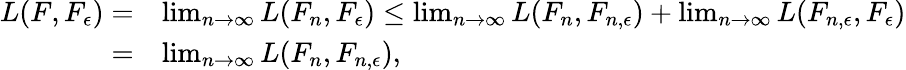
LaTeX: \begin{array}{rl}{L(F,F_{\epsilon})=}&{\operatorname*{lim}_{n\to\infty}L(F_{n},F_{\epsilon})\leq\operatorname*{lim}_{n\to\infty}L(F_{n},F_{n,\epsilon})+\operatorname*{lim}_{n\to\infty}L(F_{n,\epsilon},F_{\epsilon})}\\ {=}&{\operatorname*{lim}_{n\to\infty}L(F_{n},F_{n,\epsilon}),}\end{array}